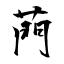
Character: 菛